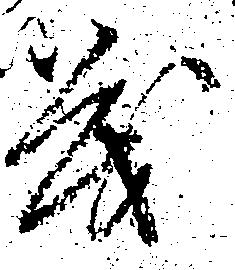
も